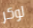
لوكر